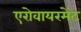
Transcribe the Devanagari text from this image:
एरोवायरमेंट